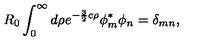
R _ { 0 } \int _ { 0 } ^ { \infty } d \rho e ^ { - \frac { 3 } { 2 } c \rho } \phi _ { m } ^ { \ast } \phi _ { n } = \delta _ { m n } ,